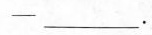
-____.